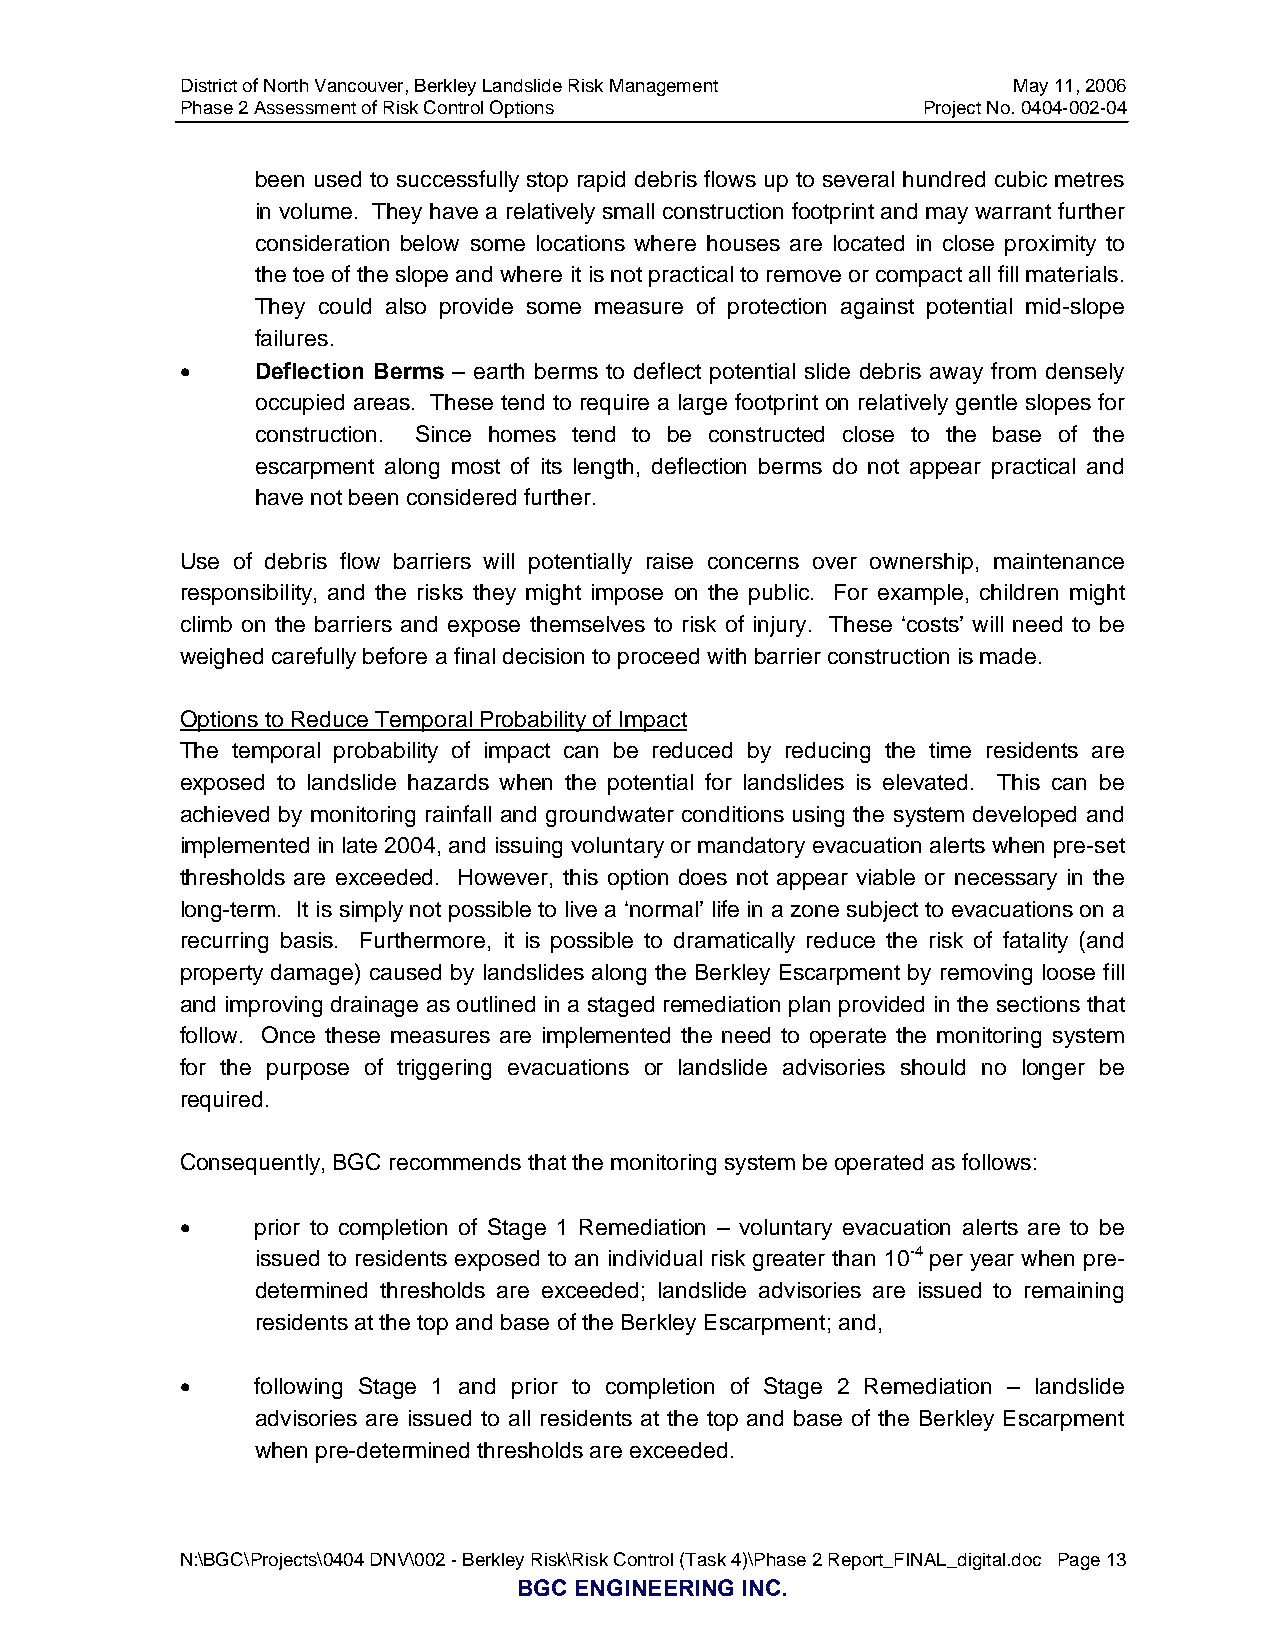
District of North Vancouver, Berkley Landslide Risk Management May 11, 2006
 Phase 2 Assessment of Risk Control Options       Project No. 0404-002-04
 been used to successfully stop rapid debris flows up to several hundred cubic metres
 in volume. They have a relatively small construction footprint and may warrant further
 consideration below some locations where houses are located in close proximity to
 the toe of the slope and where it is not practical to remove or compact all fill materials.
 They could also provide some measure of protection against potential mid-slope
 failures.
 •    Deflection Berms – earth berms to deflect potential slide debris away from densely
 occupied areas. These tend to require a large footprint on relatively gentle slopes for
 construction. Since homes tend to be constructed close to the base of the
 escarpment along most of its length, deflection berms do not appear practical and
 have not been considered further.
 Use of debris flow barriers will potentially raise concerns over ownership, maintenance
 responsibility, and the risks they might impose on the public. For example, children might
 climb on the barriers and expose themselves to risk of injury. These ‘costs’ will need to be
 weighed carefully before a final decision to proceed with barrier construction is made.
 Options to Reduce Temporal Probability of Impact
 The temporal probability of impact can be reduced by reducing the time residents are
 exposed to landslide hazards when the potential for landslides is elevated. This can be
 achieved by monitoring rainfall and groundwater conditions using the system developed and
 implemented in late 2004, and issuing voluntary or mandatory evacuation alerts when pre-set
 thresholds are exceeded. However, this option does not appear viable or necessary in the
 long-term. It is simply not possible to live a ‘normal’ life in a zone subject to evacuations on a
 recurring basis. Furthermore, it is possible to dramatically reduce the risk of fatality (and
 property damage) caused by landslides along the Berkley Escarpment by removing loose fill
 and improving drainage as outlined in a staged remediation plan provided in the sections that
 follow. Once these measures are implemented the need to operate the monitoring system
 for the purpose of triggering evacuations or landslide advisories should no longer be
 required.
 Consequently, BGC recommends that the monitoring system be operated as follows:
 •    prior to completion of Stage 1 Remediation – voluntary evacuation alerts are to be
 issued to residents exposed to an individual risk greater than 10-4 per year when pre-
 determined thresholds are exceeded; landslide advisories are issued to remaining
 residents at the top and base of the Berkley Escarpment; and,
 •    following Stage 1 and prior to completion of Stage 2 Remediation – landslide
 advisories are issued to all residents at the top and base of the Berkley Escarpment
 when pre-determined thresholds are exceeded.
 N:\BGC\Projects\0404 DNV\002 - Berkley Risk\Risk Control (Task 4)\Phase 2 Report_FINAL_digital.doc Page 13
 BGC ENGINEERING INC.